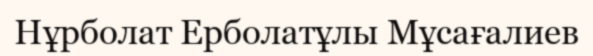
Нұрболат Ерболатұлы Мұсағалиев